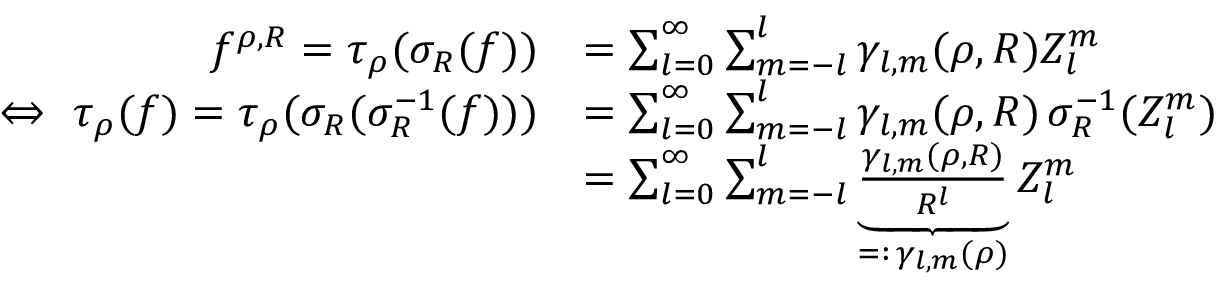
\begin{array} { r l } { f ^ { { \boldsymbol \rho } , R } = \tau _ { \boldsymbol \rho } ( \sigma _ { R } ( f ) ) } & { = \sum _ { l = 0 } ^ { \infty } \sum _ { m = - l } ^ { l } \gamma _ { l , m } ( { \boldsymbol \rho } , R ) Z _ { l } ^ { m } } \\ { \Leftrightarrow ~ \tau _ { \boldsymbol \rho } ( f ) = \tau _ { \boldsymbol \rho } ( \sigma _ { R } ( \sigma _ { R } ^ { - 1 } ( f ) ) ) } & { = \sum _ { l = 0 } ^ { \infty } \sum _ { m = - l } ^ { l } \gamma _ { l , m } ( { \boldsymbol \rho } , R ) \, \sigma _ { R } ^ { - 1 } ( Z _ { l } ^ { m } ) } \\ & { = \sum _ { l = 0 } ^ { \infty } \sum _ { m = - l } ^ { l } \underbrace { \frac { \gamma _ { l , m } ( { \boldsymbol \rho } , R ) } { R ^ { l } } } _ { = : \, \gamma _ { l , m } ( { \boldsymbol \rho } ) } Z _ { l } ^ { m } } \end{array}